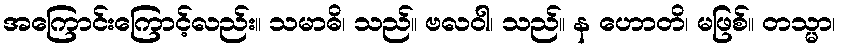
အကြောင်းကြောင့်လည်း။ သမာဓိ၊ သည်။ ဗလဝါ၊ သည်။ န ဟောတိ၊ မဖြစ်။ တသ္မာ၊